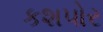
કશપોર